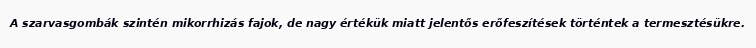
A szarvasgombák szintén mikorrhizás fajok, de nagy értékük miatt jelentős erőfeszítések történtek a termesztésükre.